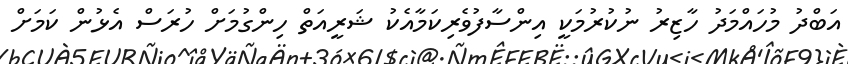
އަބްދު މުހައްމަދު ހާޒިރު ނުކުރުމަކީ އިންސާފުވެރިކަމާއެކު ޝަރީއަތް ހިންގުމަށް ހުރަސް އެޅުން ކަމަށް